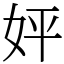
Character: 㛁